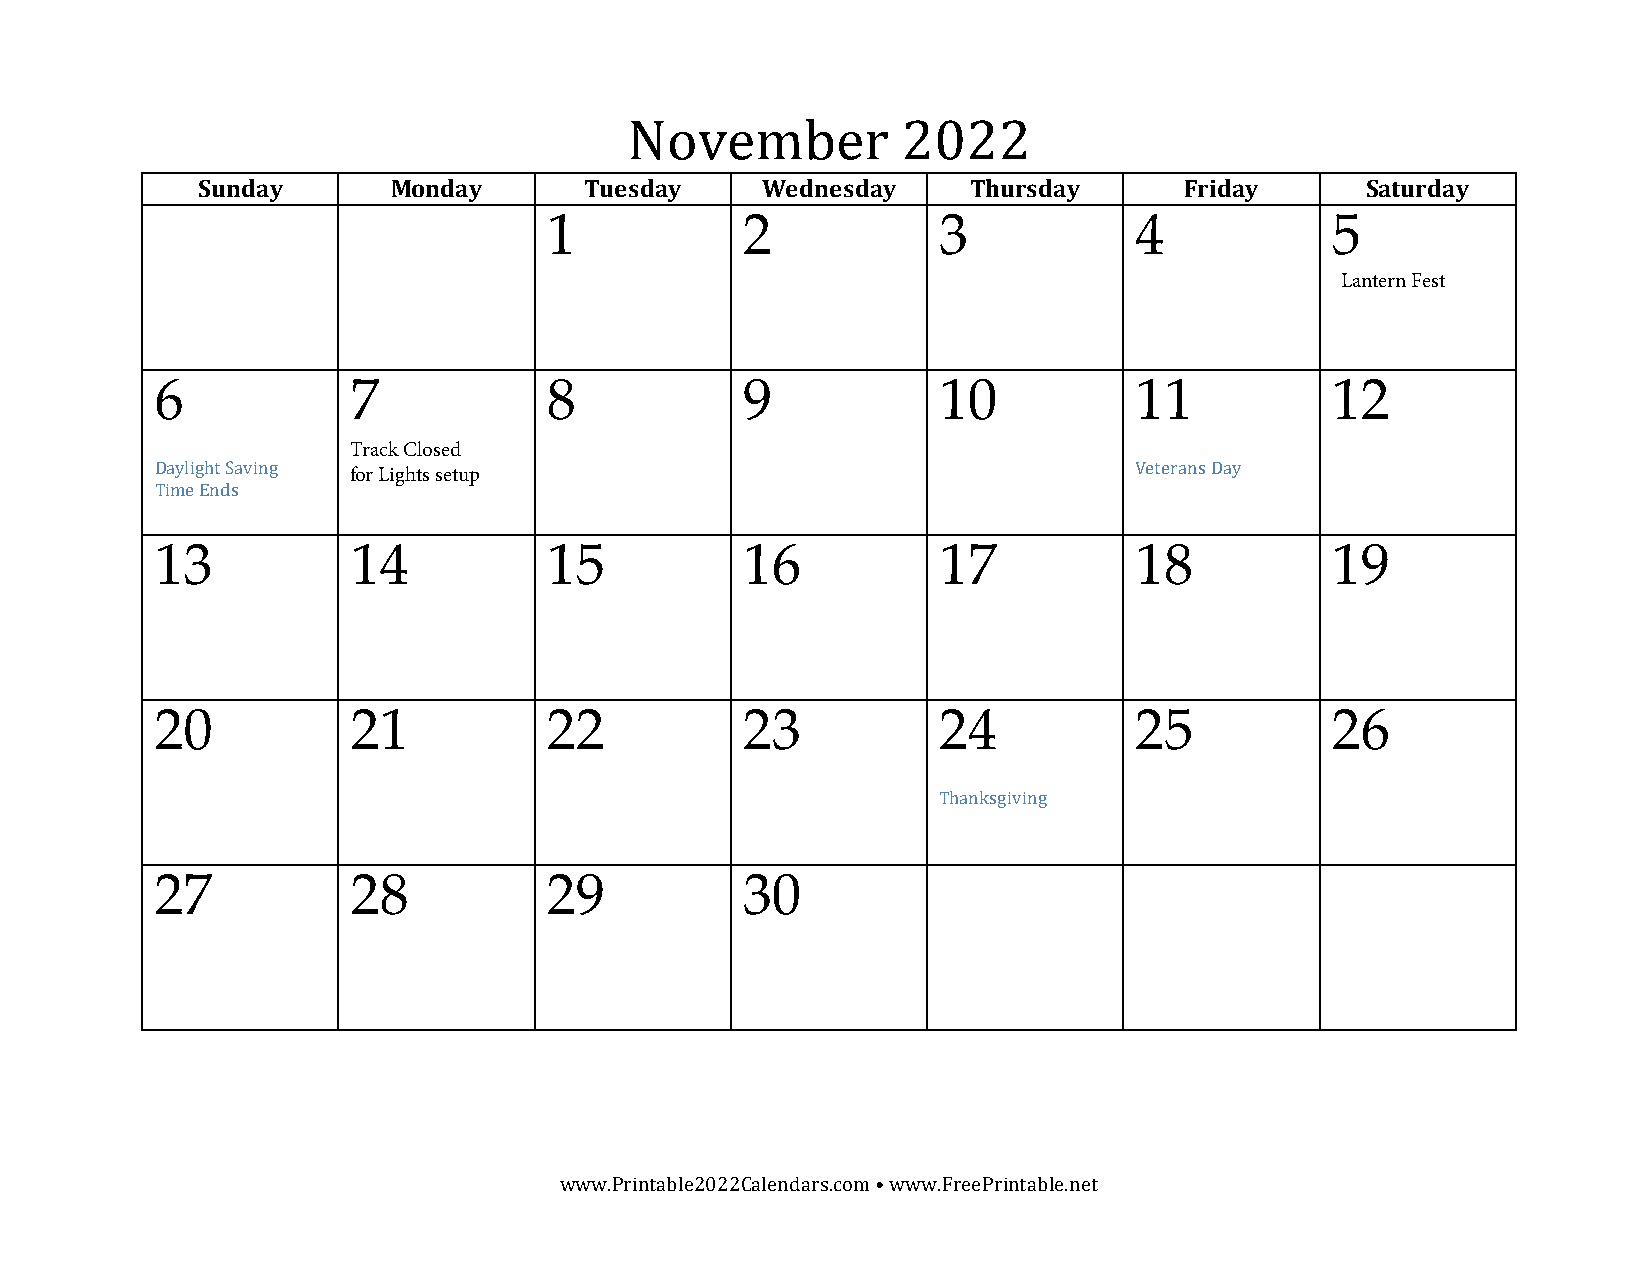
November          2022
 Sunday       Monday       Tuesday    Wednesday     Thursday      Friday      Saturday
 1            2            3            4            5
 Lantern Fest
 6            7            8            9            10           11           12
 Track Closed
 Daylight Saving                                                  Veterans Day
 for Lights setup
 Time Ends
 13           14           15           16           17           18           19
 20           21           22           23           24           25           26
 Thanksgiving
 27           28           29           30
 www.Printable2022Calendars.com • www.FreePrintable.net